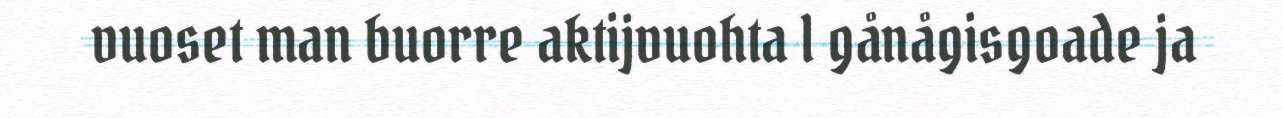
vuoset man buorre aktijvuohta l gånågisgoade ja